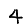
Digit: 4